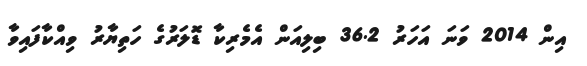
އިން 2014 ވަނަ އަހަރު 36.2 ބިލިއަން އެމެރިކާ ޑޮލަރުގެ ހަތިޔާރު ވިއްކާފައިވާ